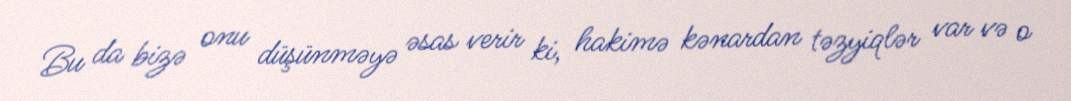
Bu da bizə onu düşünməyə əsas verir ki, hakimə kənardan təzyiqlər var və o